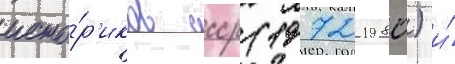
исто́р'иков ссср (1972-1980) и́